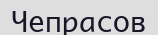
Чепрасов